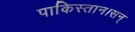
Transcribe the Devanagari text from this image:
पाकिस्तान।सन्